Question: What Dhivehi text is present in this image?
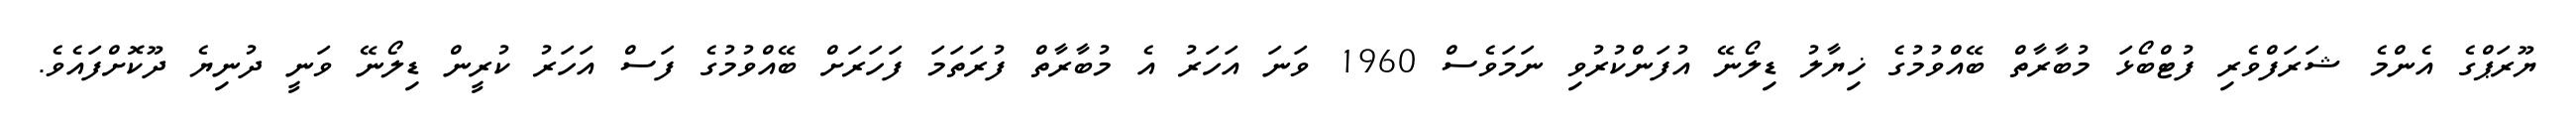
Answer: ޔޫރަޕްގެ އެންމެ ޝަރަފްވެރި ފުޓްބޯޅަ މުބާރާތް ބޭއްވުމުގެ ޚިޔާލު ޑިލޯނޭ އުފަންކުރުވި ނަމަވެސް 1960 ވަނަ އަހަރު އެ މުބާރާތް ފުރަތަމަ ފަހަރަށް ބޭއްވުމުގެ ފަސް އަހަރު ކުރީން ޑިލޯނޭ ވަނީ ދުނިޔެ ދޫކޮށްފައެވެ.